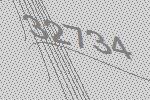
32734